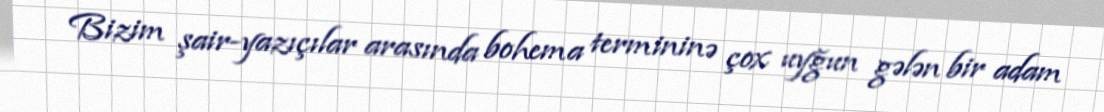
Bizim şair-yazıçılar arasında bohema termininə çox uyğun gələn bir adam